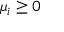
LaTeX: \mu _ { i } \geq 0